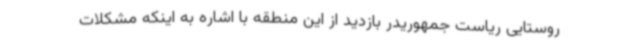
روستایی ریاست جمهوریدر بازدید از این منطقه با اشاره به اینکه مشکلات